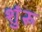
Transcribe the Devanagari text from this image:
शुंरू